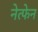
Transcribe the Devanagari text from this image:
नेत्फेन